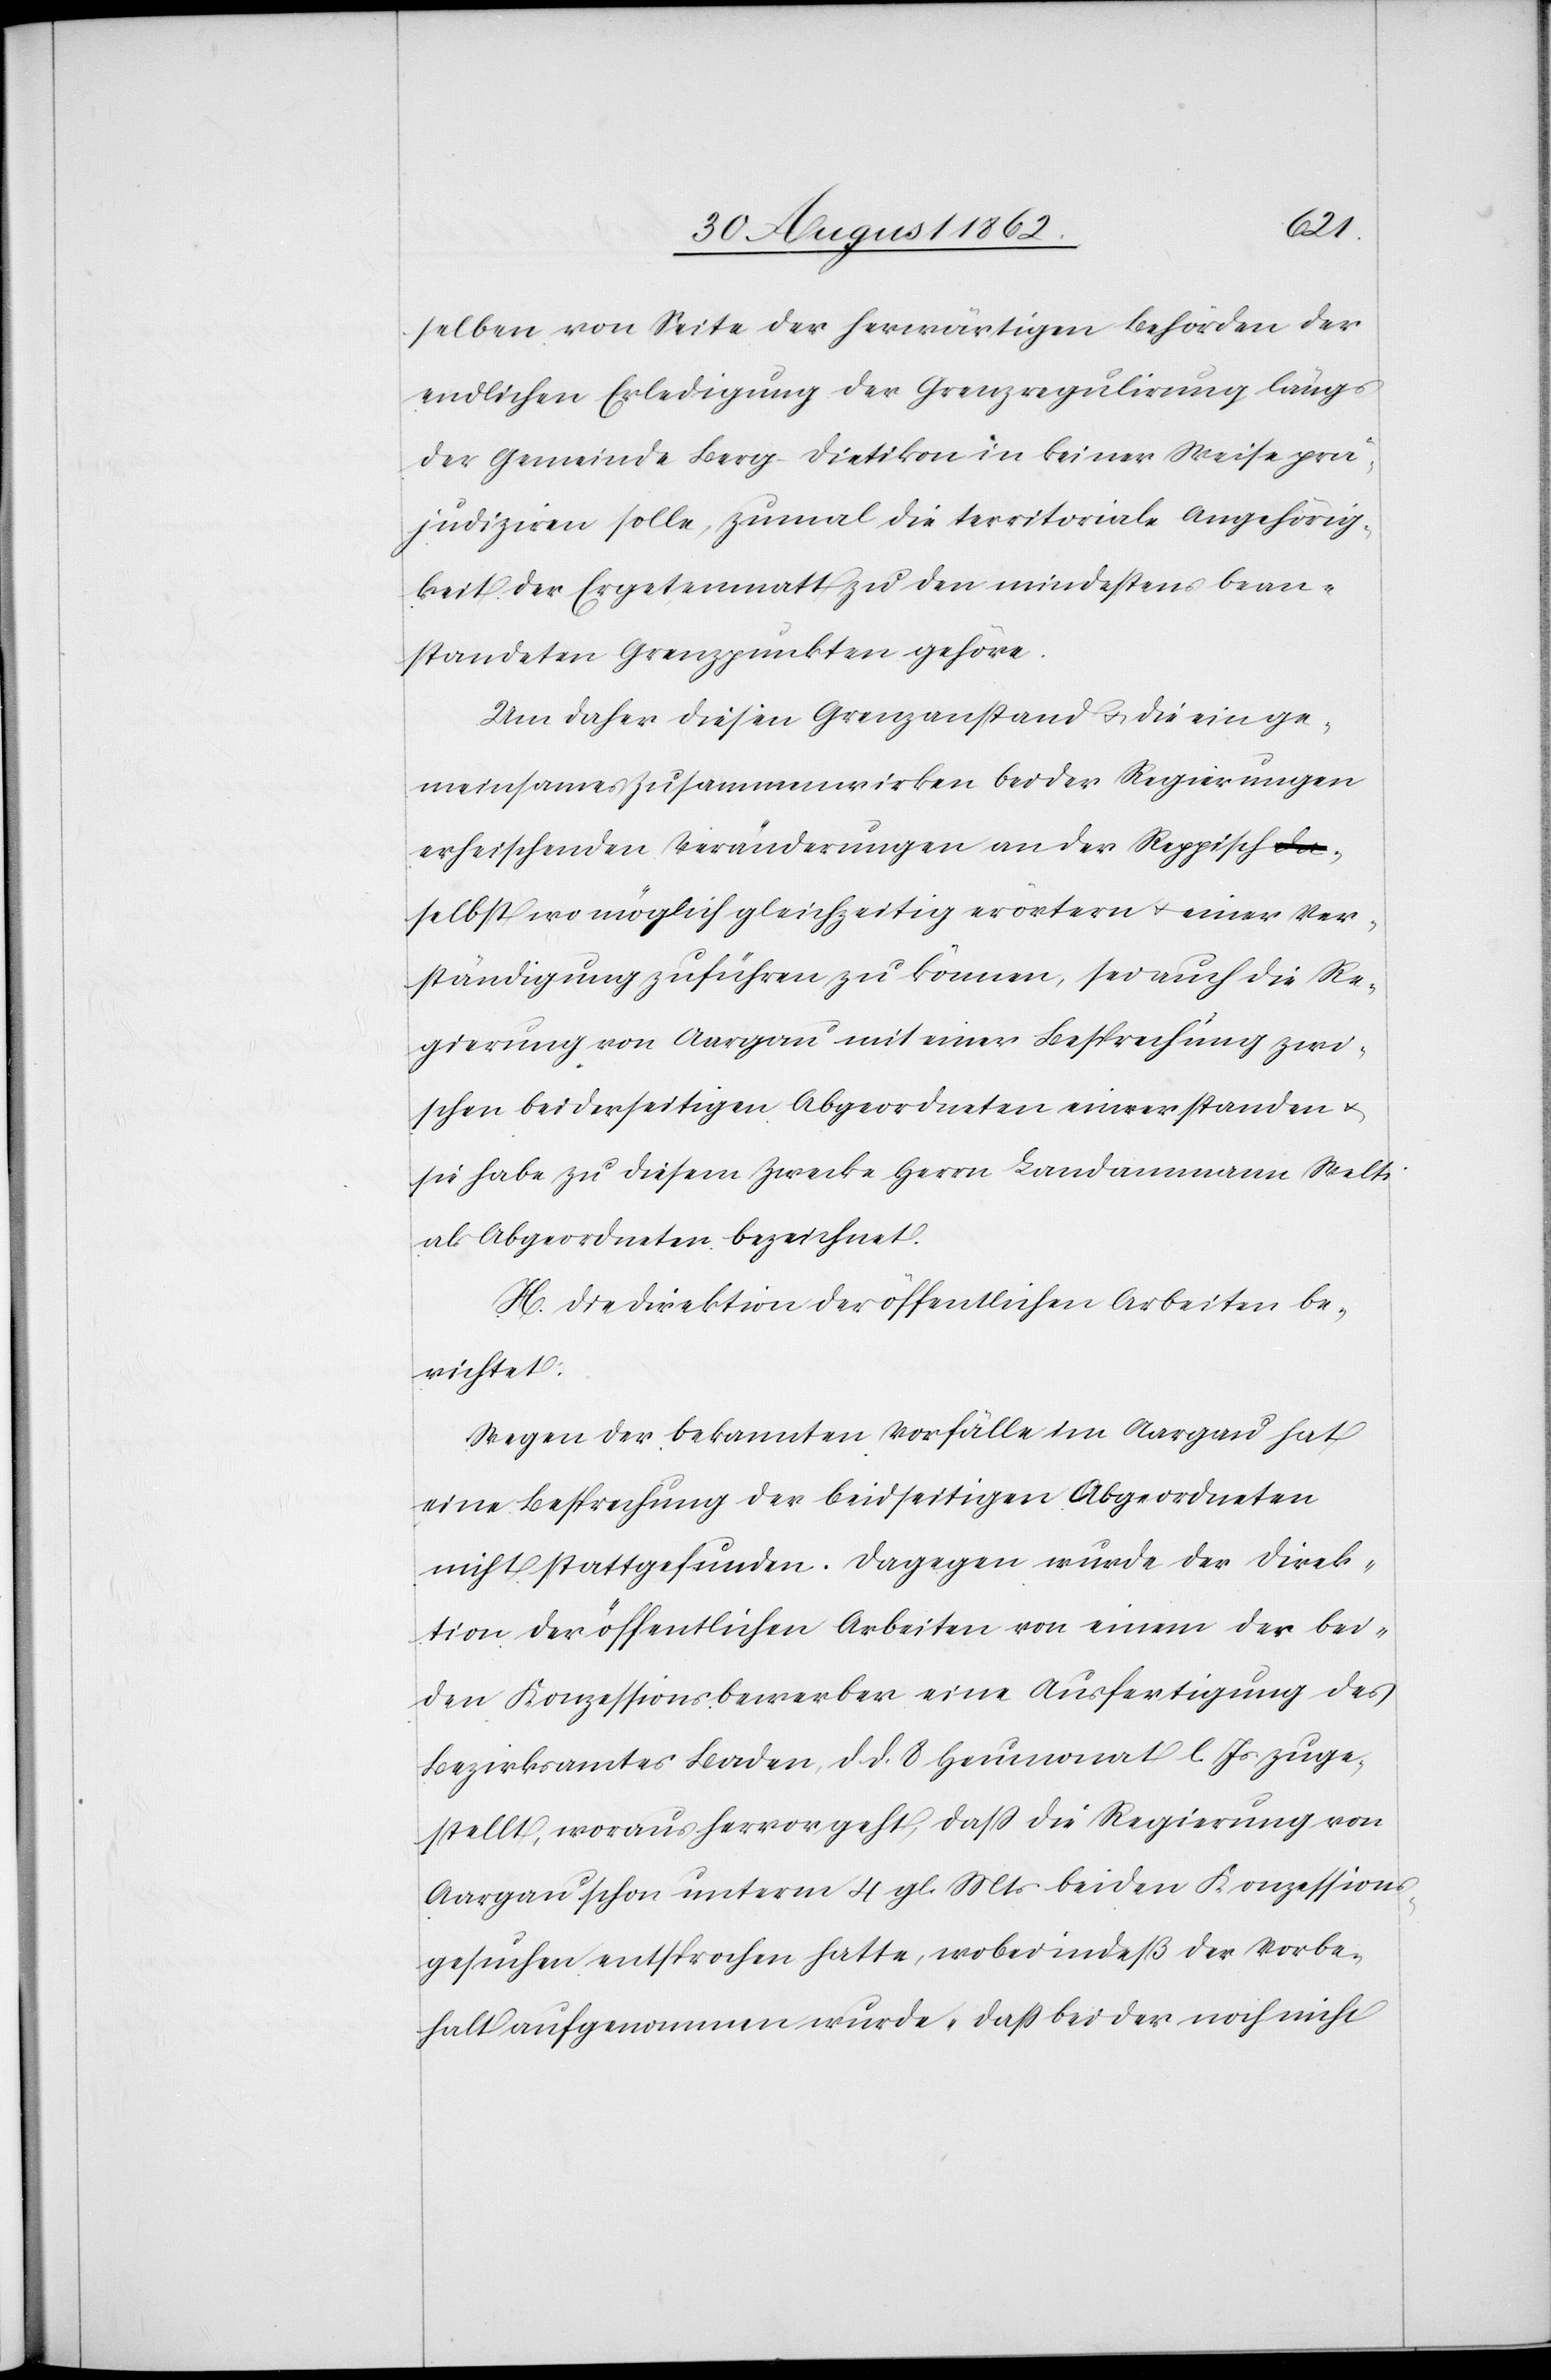
selben von Seite der herwärtigen Behörden der
endlichen Erledigung der Grenzregulirung längs
der Gemeinde Berg-Dietikon in keiner Weise prä¬
judiziren solle, zumal die territoriale Angehörig¬
keit der Ergetenmatt zu den mindestens bean¬
standeten Grenzpunkten gehöre.
Um daher diesen Grenzanstand u. die ein ge¬
meinsames Zusammenwirken beider Regierungen
erheischenden Veränderungen an der Reppisch,
selbst wo möglich gleichzeitig erörtern u. einer Ver¬
ständigung zuführen zu können, sei auch die Re¬
gierung von Aargau mit einer Besprechung zwi¬
schen beiderseitigen Abgeordneten einverstanden u.
sie habe zu diesem Zwecke Herrn Landammann Welti
als Abgeordneten bezeichnet.
H. Die Direktion der öffentlichen Arbeiten be¬
richtet:
Wegen der bekannten Vorfälle im Aargau hat
eine Besprechung der beidseitigen Abgeordneten
nicht stattgefunden. Dagegen wurde der Direk¬
tion der öffentlichen Arbeiten von einem der bei¬
den Konzessionsbewerber eine Ausfertigung des
Bezirksamtes Baden, d. d. 8. Heumonat l. Js. zuge¬
stellt, woraus hervorgeht, daß die Regierung von
Aargau schon unterm 4. gl. Mts. beiden Konzessions¬
gesuchen entsprochen hatte, wobei indeß der Vorbe¬
halt aufgenommen wurde, daß bei der noch nicht